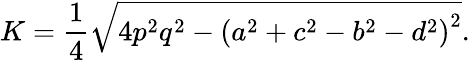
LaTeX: K={\frac{1}{4}}{\sqrt{4p^{2}q^{2}-\left(a^{2}+c^{2}-b^{2}-d^{2}\right)^{2}}}.